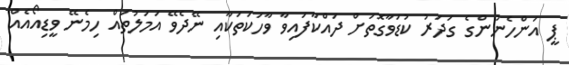
ޕީ އަންހެނުންގެ ގަދަރު ކުޑަވާގޮތަށް ދައްކާފައިވާ ވާހަކަތަކާއި ނޭދެވޭ އަމަލުތައް ހިމެނޭ ވީޑިއޯއެއް